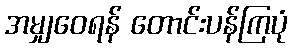
အမျှဝေရန် တောင်းပန်ကြပုံ